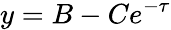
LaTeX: y=B-Ce^{-\tau}